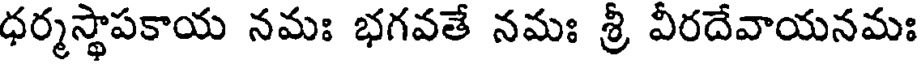
ధర్మస్థాపకాయ నమః భగవతే నమః శ్రీ వీరదేవాయనమః